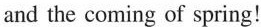
and the coming of spring!